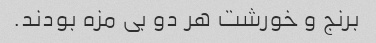
برنج و خورشت هر دو بی مزه بودند.